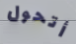
أتحول